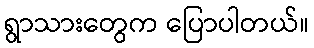
ရွာသားတွေက ပြောပါတယ်။